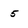
Character: 5